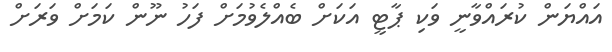
އައްޔަން ކުރައްވާނީ ވަކި ޕާޓީ އަކަށް ބެއްލެވުމަށް ފަހު ނޫން ކަމަށް ވަރަށް